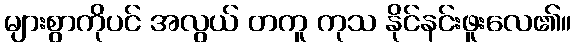
များစွာကိုပင် အလွယ် တကူ ကုသ နိုင်နင်းဖူးလေ၏။